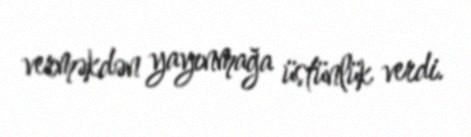
verməkdən yayınmağa üstünlük verdi.